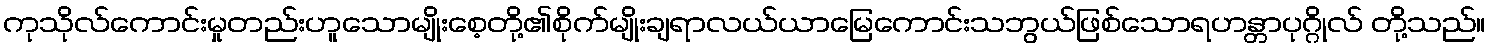
ကုသိုလ်ကောင်းမှုတည်းဟူသောမျိုးစေ့တို့၏စိုက်မျိုးချရာလယ်ယာမြေကောင်းသဘွယ်ဖြစ်သောရဟန္တာပုဂ္ဂိုလ် တို့သည်။